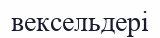
вексельдері